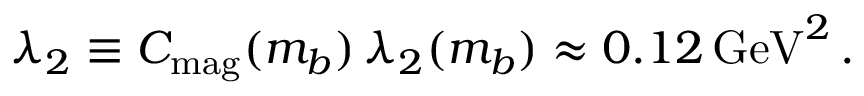
\lambda _ { 2 } \equiv C _ { \mathrm { m a g } } ( m _ { b } ) \, \lambda _ { 2 } ( m _ { b } ) \approx 0 . 1 2 \, \mathrm { G e V } ^ { 2 } \, .